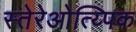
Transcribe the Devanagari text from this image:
स्तेरेओत्य्पिक